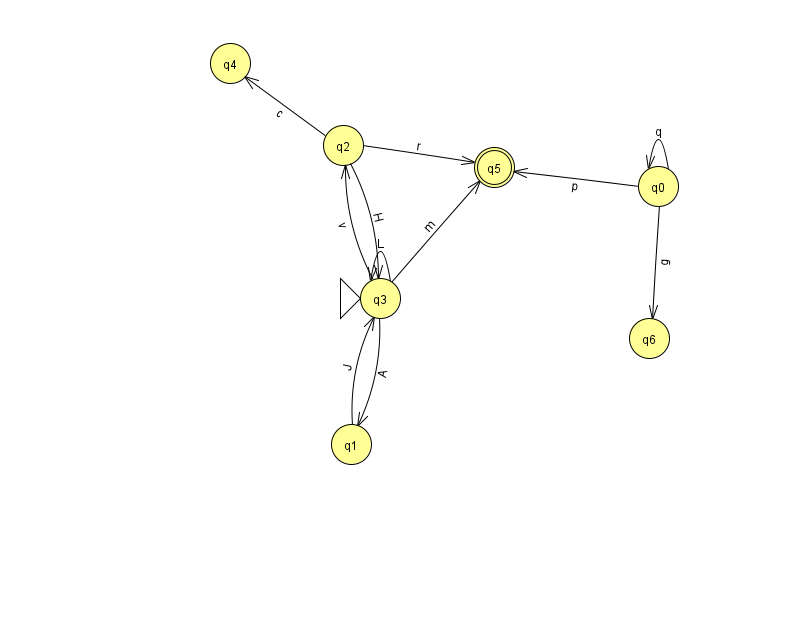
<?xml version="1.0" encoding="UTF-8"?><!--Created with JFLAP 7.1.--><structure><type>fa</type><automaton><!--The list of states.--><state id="0" name="q0"><x>658.0</x><y>173.0</y></state><state id="1" name="q1"><x>351.0</x><y>431.0</y></state><state id="2" name="q2"><x>343.0</x><y>132.0</y></state><state id="3" name="q3"><x>380.0</x><y>285.0</y><initial/></state><state id="4" name="q4"><x>230.0</x><y>50.0</y></state><state id="5" name="q5"><x>494.0</x><y>154.0</y><final/></state><state id="6" name="q6"><x>649.0</x><y>325.0</y></state><!--The list of transitions.--><transition><from>0</from><to>0</to><read>q</read></transition><transition><from>3</from><to>2</to><read>v</read></transition><transition><from>0</from><to>6</to><read>g</read></transition><transition><from>3</from><to>1</to><read>A</read></transition><transition><from>3</from><to>5</to><read>m</read></transition><transition><from>0</from><to>5</to><read>p</read></transition><transition><from>2</from><to>3</to><read>H</read></transition><transition><from>2</from><to>5</to><read>r</read></transition><transition><from>1</from><to>3</to><read>J</read></transition><transition><from>3</from><to>3</to><read>L</read></transition><transition><from>2</from><to>4</to><read>c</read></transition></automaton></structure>